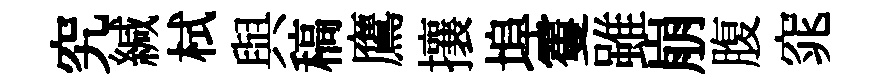
究緘栻與稿鷹攘埠䨥雖崩腹窕